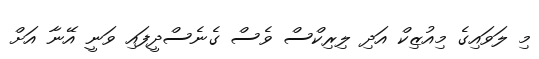
މި ލަވައިގެ މިއުޒިކް އަދި ލިރިކްސް ވެސް ގެނެސްދީފައި ވަނީ އޭނާ އަށް